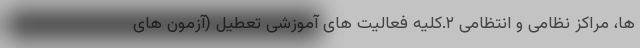
ها، مراکز نظامی و انتظامی ۲.کلیه فعالیت های آموزشی تعطیل (آزمون های